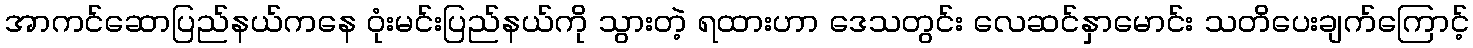
အာကင်ဆောပြည်နယ်ကနေ ဝုံးမင်းပြည်နယ်ကို သွားတဲ့ ရထားဟာ ဒေသတွင်း လေဆင်နှာမောင်း သတိပေးချက်ကြောင့်